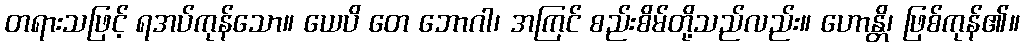
တရားသဖြင့် ရအပ်ကုန်သော။ ယေပိ တေ ဘောဂါ၊ အကြင် စည်းစိမ်တို့သည်လည်း။ ဟောန္တိ၊ ဖြစ်ကုန်၏။